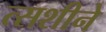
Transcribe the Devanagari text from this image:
त्सशीने